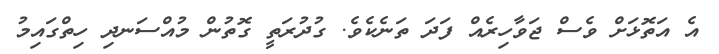
އެ އަތޮޅަށް ވެސް ޖަވާހިރެއް ފަދަ ތަނެކެވެ. ގުދުރަތީ ގޮތުން މުއްސަނދި ހިތްގައިމު